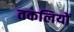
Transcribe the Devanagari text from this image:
तकलियों